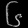
Digit: ၆